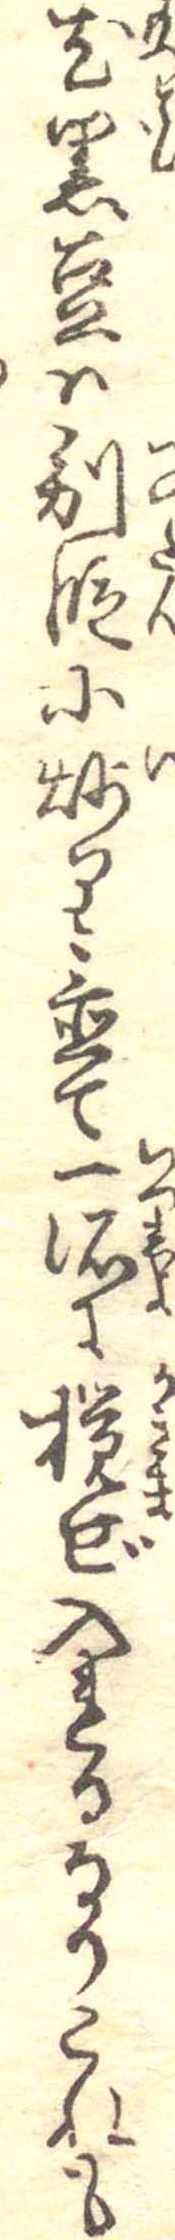
尤黒豆は別段に炒り置て一諸に撹ぜ入れるなりこれも